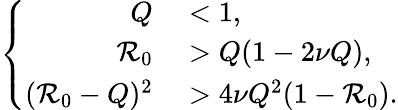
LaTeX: \left\{ \begin{array}{rl}{Q}&{{}<1,}\\ {\mathcal{R}_{0}}&{{}>Q(1-2\nu Q),}\\ {(\mathcal{R}_{0}-Q)^{2}}&{{}>4\nu Q^{2}(1-\mathcal{R}_{0}).}\end{array}\right.